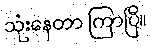
သုံးနေတာ ကြာပြီ။